Report of the Bombay Veterinary College
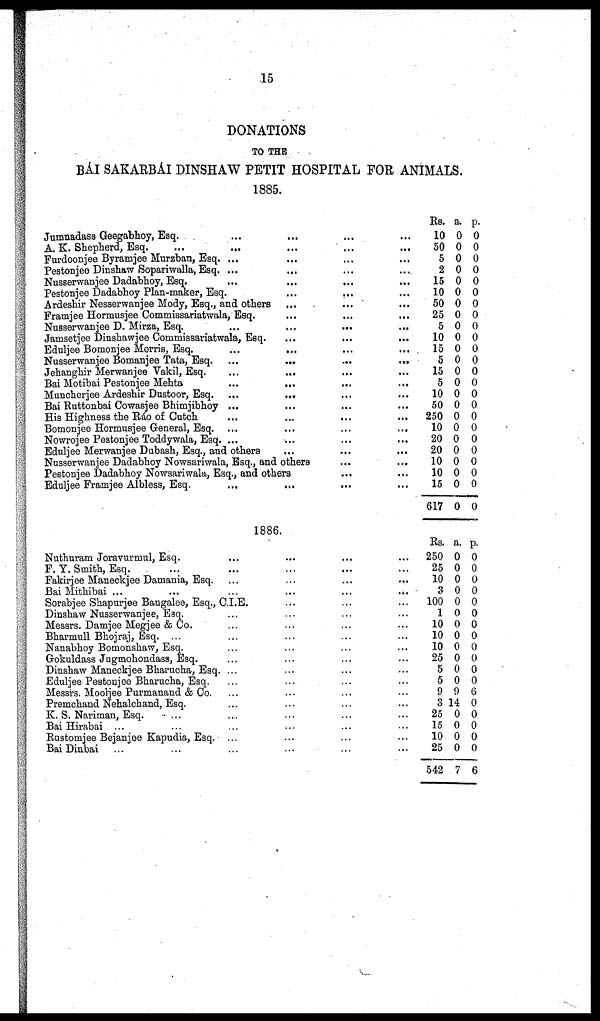
15
DONATIONS
TO THE
BAI SAKARBAI DINSHAW PETIT HOSPITAL FOR ANIMALS.
1885.
Jumnadass Geegabhoy, Esq.
A. K. Shepherd, Esq.
...
...
Furdoonjee Byramjee Murzban, Esq. ...
Pestonjee Dinshaw Sopariwalla, Esq. ...
Nusserwanjee Dadabhoy, Esq.
...
Pestonjee Dadabhoy Plan-maker, Esq.
Ardeshir Nesserwanjee Mody, Esq., and others
Framjee Hormusjee Commissariatwala, Esq.
Nusserwanjee D. Mirza, Esq.
Jamsetjee Dinshawjee Commissariatwala, Esq.
Eduljee Bomonjee Morris, Esq.
Nusserwanjee Bomanjee Tata, Esq.
Jehanghir Merwanjee Vakil, Esq.
Bai Motibai Pestonjee Mehta
Muncherjee Ardeshir Dustoor, Esq.
Bai Ruttonbai Cowasjee Bhimjibhoy ...
His Highness the Ráo of Cutch
Bomonjee Hormusjee General, Esq. ...
Nowrojee Pestonjee Toddywala, Esq. ...
Eduljee Merwanjee Dubash, Esq., and others
...
...
...
...
...
...
...
...
...
...
...
...
... ...
...
...
...
...
...
...
...
...
... ...
...
...
... ...
...
...
...
...
...
...
...
...
... ...
...
...
Nusserwanjee Dadabhoy Nowsariwala, Esq., and others
Pestonjee Dadabhoy Nowsariwala, Esq., and others
Eduljee Framjee Albless, Esq.
1886,
Nuthuram Joravurmul, Esq.
F. Y. Smith, Esq
Fakirjee Maneckjee Damania, Esq.
Bai Mithibai ...
Sorabjee Shapurjee Bangalee, Esq., C.I.E.
Dinshaw Nusserwanjee, Esq.
Messrs. Damjee Megjee & Co.
Bharmull Bhojraj, Esq. ...
Nanabhoy Bomonshaw, Esq.
Gokuldass Jugmohondass, Esq.
Dinshaw Maneckjee Bharucha, Esq. ...
Eduljee Pestonjee Bharucha, Esq.
Messrs. Mooljee Purmanand & Co.
Premchand Nehalchand, Esq.
K. S, Nariman, Esq.
...
Bai Hirabai ...
Rustomjee Bejanjee Kapudia, Esq. ...
Bai Dinbai
... ...
... ...
...
...
...
...
... ...
...
...
...
...
...
...
...
...
...
...
...
...
...
...
...
...
...
...
...
...
...
...
...
...
...
...
... ...
Rs.
...10
...50
...5
...2
...15
...10
...50
...25
...5
...10
...15
...5
...15
...5
...10
...50
...250
...10
...20
20
10
10
15
617
Rs.
...250
25
10
3
...100
1
10
10
10
25
5
5
9
3
25
15
10
25
542
a.
0
0
0
0
0
0
0
0
0
0
0
0
0
0
0
0
0
0
0
0
0
0
0
0
a.
0
0
0
0
0
0
0
0
0
0
0
0
9
14
0
0
0
0
7
p.
0
0
0
0
0
0
0
0
0
0
0
0
0
0
0
0
0
0
0
0
0
0
0
0
p.
0
0
0
0
0
0
0
0
0
0
0
0
6
0
0
0
0
0
6